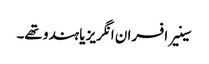
سینیر افسران انگریز یا ہندو تھے۔